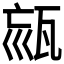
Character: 𤭉